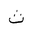
Letter: _tha